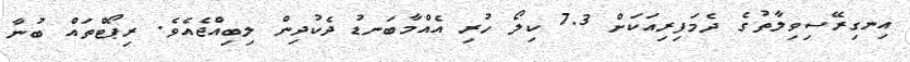
އިނގިރޭސިވިލާތުގެ ދެމަފިރިއަކަށް 7.3 ކިލޯ ހުރި އެއްމާބަނޑު ދެކުދިން ލިބިއްޖެއެވެ. ރިޕޯޓްތައް ބުނާ